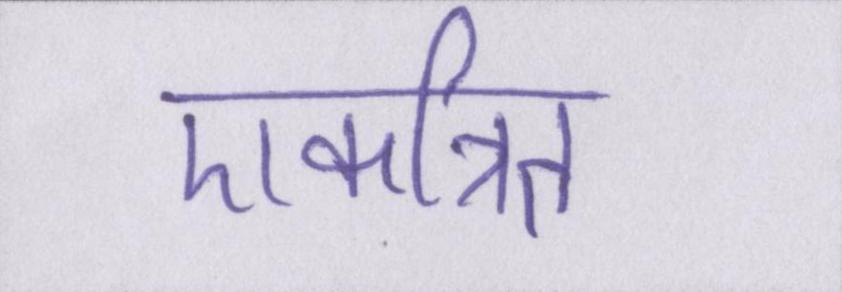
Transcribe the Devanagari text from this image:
एकत्रित